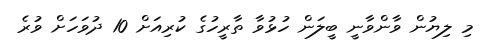
މި ލިޔުން ވާންވާނީ ބީލަން ހުޅުވާ ތާރީހުގެ ކުރިއަށް 10 ދުވަހަށް ވުރެ